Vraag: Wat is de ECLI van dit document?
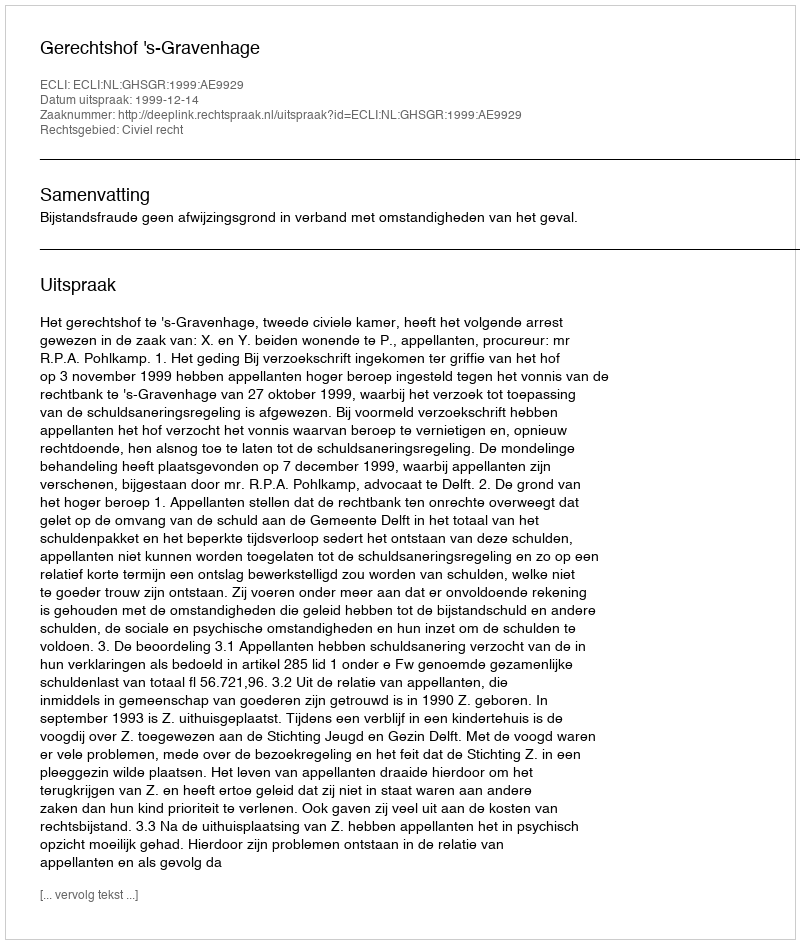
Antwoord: ECLI:NL:GHSGR:1999:AE9929